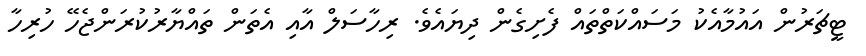
ޓީޗަރުން އައުމާއެކު މަސައްކަތްތައް ފެށިގެން ދިޔައެވެ. ރިހާސަލް އާއި އެތަން ތައްޔާރުކުރަންޖެހޭ ހުރިހާ